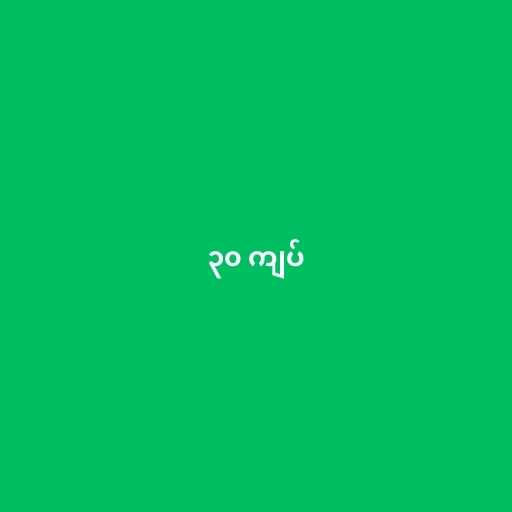
၃၀ ကျပ်